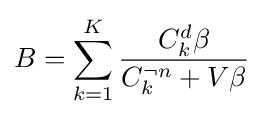
B=\sum _{k=1}^{K}{\frac {C_{k}^{d}\beta }{C_{k}^{\neg n}+V\beta }}